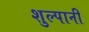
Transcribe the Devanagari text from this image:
शुल्पानी